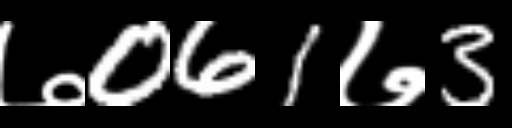
Text: ७061७3